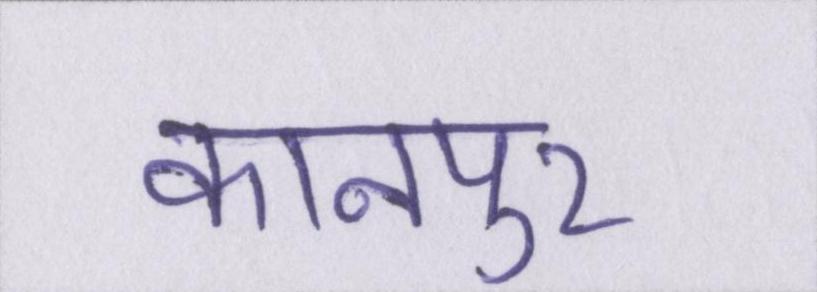
कानपुर